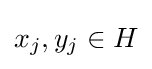
x_{j},y_{j}\in H